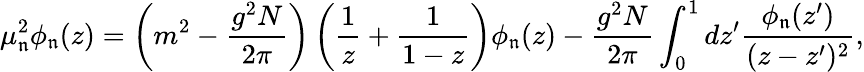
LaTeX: \mu_{\mathfrak{n}}^{2}\phi_{\mathfrak{n}}(z)=\left(m^{2}-\frac{{g^{2}N}}{{2\pi}}\right)\left(\frac{{1}}{{z}}+\frac{{1}}{{1-z}}\right)\phi_{\mathfrak{n}}(z)-\frac{{g^{2}N}}{{2\pi}}\int_{0}^{1}dz^{\prime}\frac{{\phi_{\mathfrak{n}}(z^{\prime})}}{{(z-z^{\prime})^{2}}},